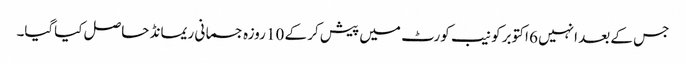
جس کے بعد انہیں 6 اکتوبر کو نیب کورٹ میں پیش کر کے 10 روزہ جسمانی ریمانڈ حاصل کیاگیا۔